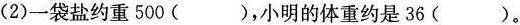
(2)一袋盐约重500()，小明的体重约是36()。